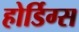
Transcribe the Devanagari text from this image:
होर्डिग्स